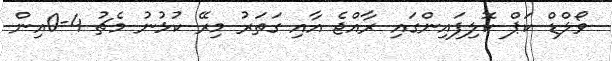
ވޯލްޑް ކަޕް ކޮލިފައިންގައި ރާއްޖެ އާއި ގަތަރު މިރޭ ކުޅުނު މެޗު 4-0އިން